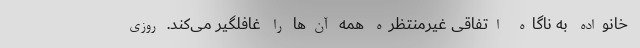
خانواده به ناگاه اتفاقی غیرمنتظره همه آن‌ها را غافلگیر می‌کند. روزی